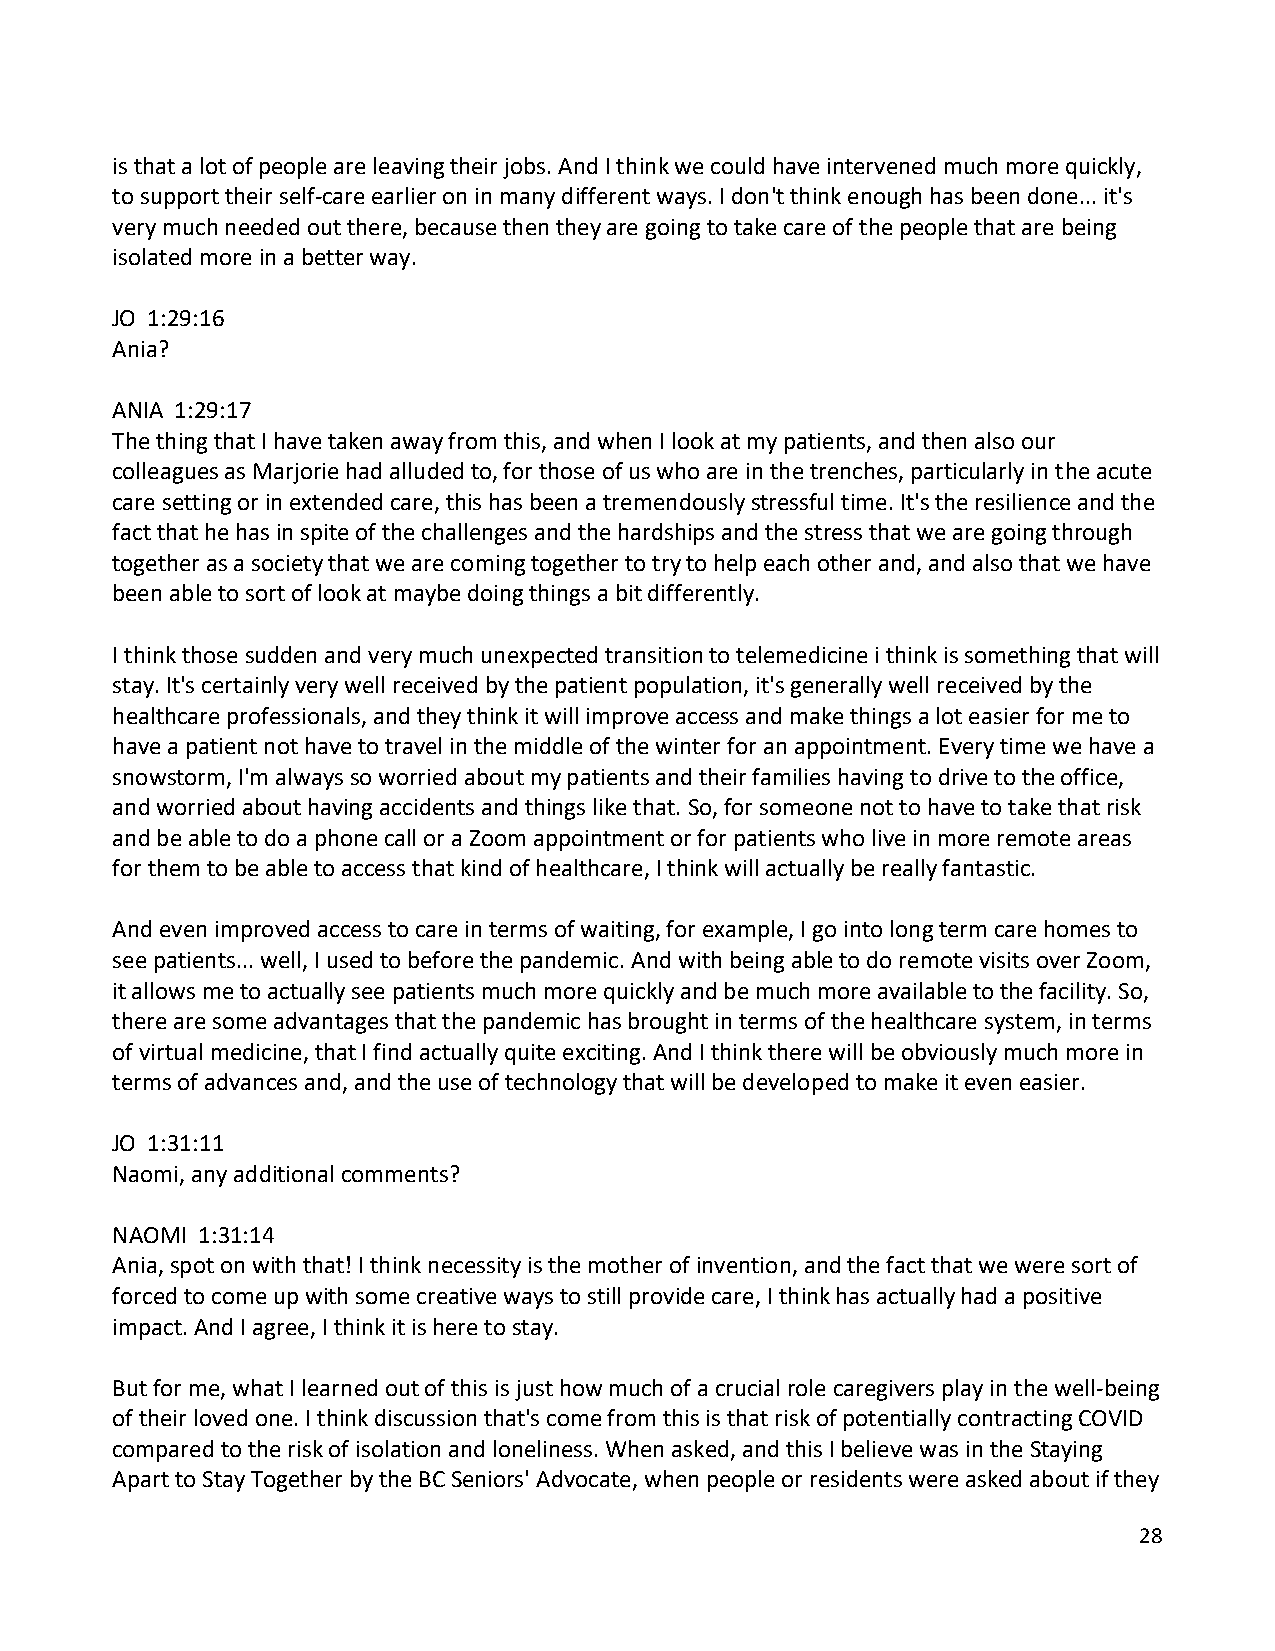
is that a lot of people are leaving their jobs. And I think we could have intervened much more quickly,
 to support their self-care earlier on in many different ways. I don't think enough has been done... it's
 very much needed out there, because then they are going to take care of the people that are being
 isolated more in a better way.
 JO 1:29:16
 Ania?
 ANIA 1:29:17
 The thing that I have taken away from this, and when I look at my patients, and then also our
 colleagues as Marjorie had alluded to, for those of us who are in the trenches, particularly in the acute
 care setting or in extended care, this has been a tremendously stressful time. It's the resilience and the
 fact that he has in spite of the challenges and the hardships and the stress that we are going through
 together as a society that we are coming together to try to help each other and, and also that we have
 been able to sort of look at maybe doing things a bit differently.
 I think those sudden and very much unexpected transition to telemedicine i think is something that will
 stay. It's certainly very well received by the patient population, it's generally well received by the
 healthcare professionals, and they think it will improve access and make things a lot easier for me to
 have a patient not have to travel in the middle of the winter for an appointment. Every time we have a
 snowstorm, I'm always so worried about my patients and their families having to drive to the office,
 and worried about having accidents and things like that. So, for someone not to have to take that risk
 and be able to do a phone call or a Zoom appointment or for patients who live in more remote areas
 for them to be able to access that kind of healthcare, I think will actually be really fantastic.
 And even improved access to care in terms of waiting, for example, I go into long term care homes to
 see patients... well, I used to before the pandemic. And with being able to do remote visits over Zoom,
 it allows me to actually see patients much more quickly and be much more available to the facility. So,
 there are some advantages that the pandemic has brought in terms of the healthcare system, in terms
 of virtual medicine, that I find actually quite exciting. And I think there will be obviously much more in
 terms of advances and, and the use of technology that will be developed to make it even easier.
 JO 1:31:11
 Naomi, any additional comments?
 NAOMI 1:31:14
 Ania, spot on with that! I think necessity is the mother of invention, and the fact that we were sort of
 forced to come up with some creative ways to still provide care, I think has actually had a positive
 impact. And I agree, I think it is here to stay.
 But for me, what I learned out of this is just how much of a crucial role caregivers play in the well-being
 of their loved one. I think discussion that's come from this is that risk of potentially contracting COVID
 compared to the risk of isolation and loneliness. When asked, and this I believe was in the Staying
 Apart to Stay Together by the BC Seniors' Advocate, when people or residents were asked about if they
 28